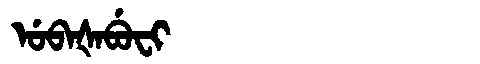
Manchu: ᡠᠪᠠᡧᠠᠪᡠᠸᡳ
Romanization: UBAŠABUFI